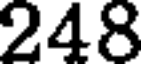
248